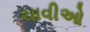
ચાવીઓ